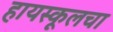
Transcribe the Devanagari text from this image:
हायस्‍कूलचा